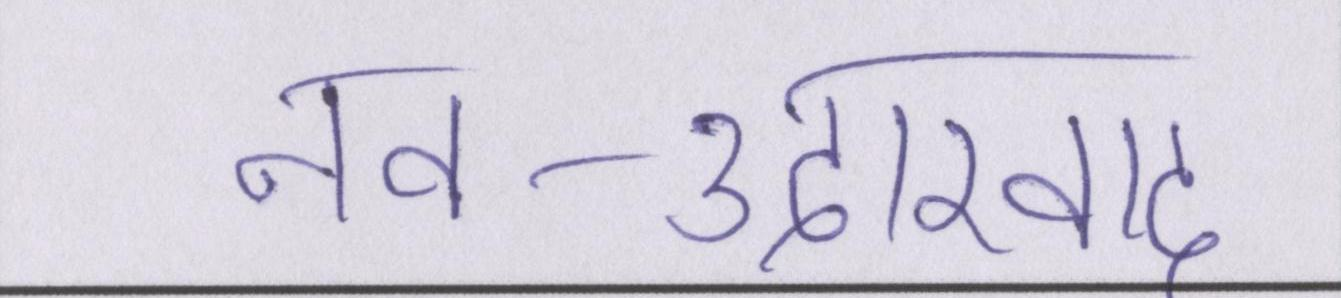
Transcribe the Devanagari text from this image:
नव-उदारवाद